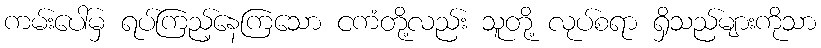
ကမ်းပေါ်မှ ရပ်ကြည့်နေကြသော ငကံတို့လည်း သူတို့ လုပ်စရာ ရှိသည်များကိုသာ